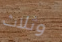
وثلاث